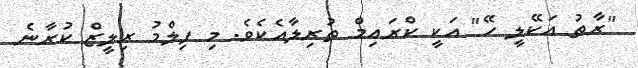
"ރާތު އަކޭލީ ހޭ" އަކީ ކްރައިމް ތުރިލާއެކެވެ. މި ފިލްމު ރިލީޒް ކުރާނެ